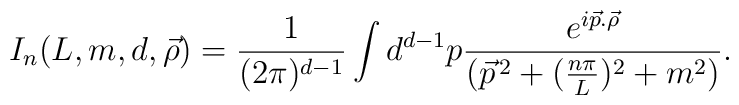
I_{n}(L,m,d,\vec{\rho})=\frac{1}{(2\pi)^{d-1}}\int{}d^{d-1}p\frac{e^{i\vec{p}.\vec{\rho}}}{(\vec{p}^{\,2}+(\frac{n\pi}{L})^{2}+m^{2})}.